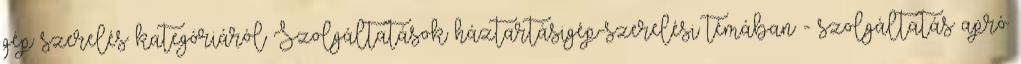
gép szerelés kategóriáról Szolgáltatások háztartásigép-szerelési témában - szolgáltatás apró